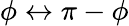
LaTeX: \phi\leftrightarrow\pi-\phi